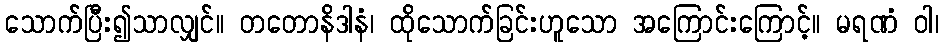
သောက်ပြီး၍သာလျှင်။ တတောနိဒါနံ၊ ထိုသောက်ခြင်းဟူသော အကြောင်းကြောင့်။ မရဏံ ဝါ၊